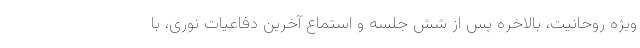
ویژه روحانیت، بالاخره پس از شش جلسه و استماع آخرین دفاعیات نوری، با